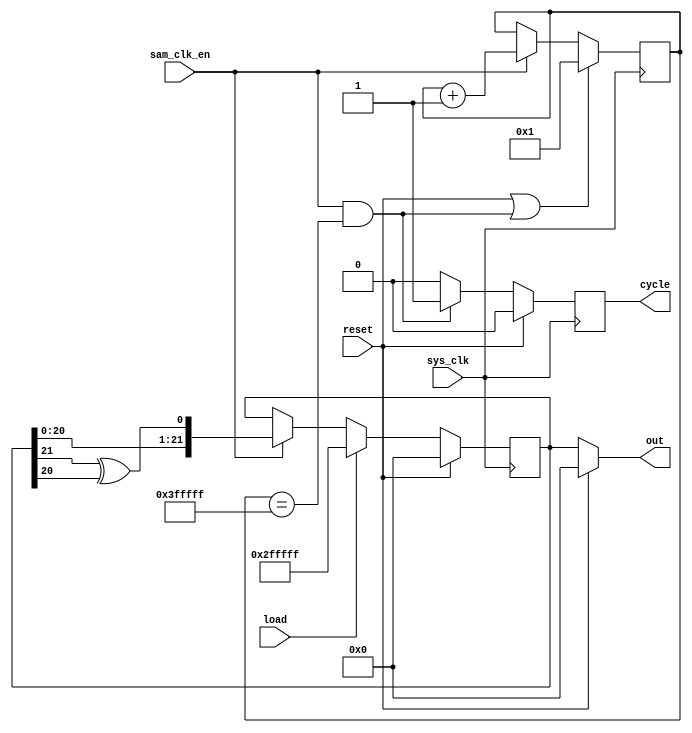
module LFSR_22 (
    input sys_clk, reset, load, sam_clk_en,
    output reg cycle,
    output reg signed[21:0] out
    );

(* preserve *) reg [21:0] x, cnt;
/*
initial begin
    x = {22{1'b0}};
    cycle = 1'b0;
    out = {22{1'b0}};
    cnt = 22'd1;
end
*/

always @ (posedge sys_clk)
    if (reset) cycle = 1'b0;
    else if (sam_clk_en && cnt == 22'd4194303) cycle = 1'b1;
    else cycle = 1'b0;

always @ (posedge sys_clk) 
    if (reset || sam_clk_en && cnt == 22'd4194303) cnt = 22'd1;
    else if (sam_clk_en) cnt = cnt + 22'd1;
    else cnt = cnt;

always @ (posedge sys_clk)
    if (reset) x = 22'd0;
    else if (load) x = { 1'b1,1'b0,{20{1'b1}} };
	 else if (sam_clk_en) x = $signed({ x[20:0],(x[21]^x[20]) });
    else x = x;

always @ *
    if (reset) out = {22{1'b0}};
    else out = $signed(x);

endmodule

module LFSR_test #(parameter WIDTH = 4)(
    input sys_clk, reset, load, sam_clk_en,
    output reg cycle,
    output reg signed [WIDTH-1:0] out
    );

(* preserve *) reg signed [WIDTH-1:0] x;
(* preserve *) reg [WIDTH-1:0] cnt;

//for MS NEED to initialize regs to 0
initial begin
    x = {WIDTH{1'b0}};
    cycle = 1'b0;
    out = {WIDTH{1'b0}};
    cnt = {WIDTH{1'b0}};
end

always @ (posedge sys_clk)
    if (reset) cycle = 1'b0;
    else if (sam_clk_en && cnt == { {(WIDTH-1){1'b1}},1'b0 }) cycle = 1'b1;
    else cycle = 1'b0;

always @ (posedge sys_clk) 
    if (reset || (sam_clk_en && cnt == { {(WIDTH-1){1'b1}},1'b0}) ) cnt = {WIDTH{1'b0}};
    else if (sam_clk_en) cnt = cnt + {{(WIDTH-1){1'b0}},1'b1};
    else cnt = cnt;

always @ (posedge sys_clk)
    if (reset) x = {WIDTH{1'b0}};
    else if (load) x = {WIDTH{1'b1}};
	 else if (sam_clk_en) x = $signed({ x[2:0], (x[2]^x[3]) });
    else x = x;

always @ *
    if (reset) out = {WIDTH{1'b0}};
    else out = $signed(x);

endmodule